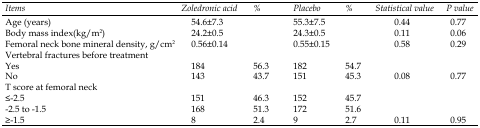
| Items | Zoledronic acid | % | Placebo | % | Statistical value | P value |
 | --- | --- | --- | --- | --- | --- | --- |
 | Age (years) | 54.6±7.3 |  | 55.3±7.5 |  | 0.44 | 0.77 |
 | Body mass index(kg/m2) | 24.2±0.5 |  | 24.3±0.5 |  | 0.11 | 0.06 |
 | Femoral neck bone mineral density, g/cm2 | 0.56±0.14 |  | 0.55±0.15 |  | 0.58 | 0.29 |
 | Vertebral fractures before treatment |  |  |  |  |  |  |
 | Yes | 184 | 56.3 | 182 | 54.7 |  |  |
 | No | 143 | 43.7 | 151 | 45.3 | 0.08 | 0.77 |
 | T score at femoral neck |  |  |  |  |  |  |
 | ≤-2.5 | 151 | 46.3 | 152 | 45.7 |  |  |
 | -2.5 to -1.5 | 168 | 51.3 | 172 | 51.6 |  |  |
 | ≥-1.5 | 8 | 2.4 | 9 | 2.7 | 0.11 | 0.95 |